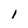
Character: I